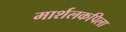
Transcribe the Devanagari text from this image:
मार्शलकपिला